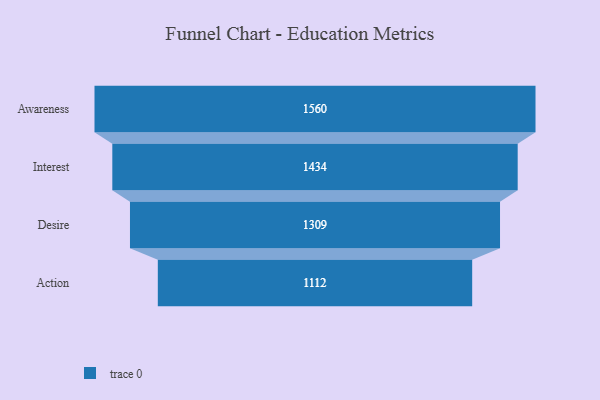
{"axis": {"x": "Stage", "y": "Value"}, "legend": [""], "data": [{"x": "Awareness", "y": 1560.0, "type": ""}, {"x": "Interest", "y": 1434.0, "type": ""}, {"x": "Desire", "y": 1309.0, "type": ""}, {"x": "Action", "y": 1112.0, "type": ""}]}